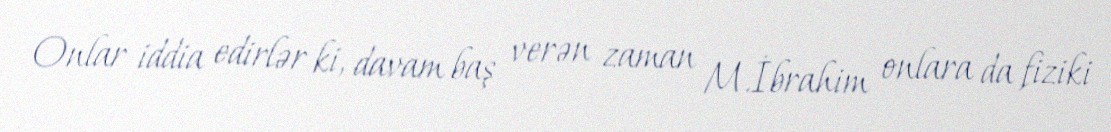
Onlar iddia edirlər ki, davam baş verən zaman M.İbrahim onlara da fiziki